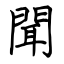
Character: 聞